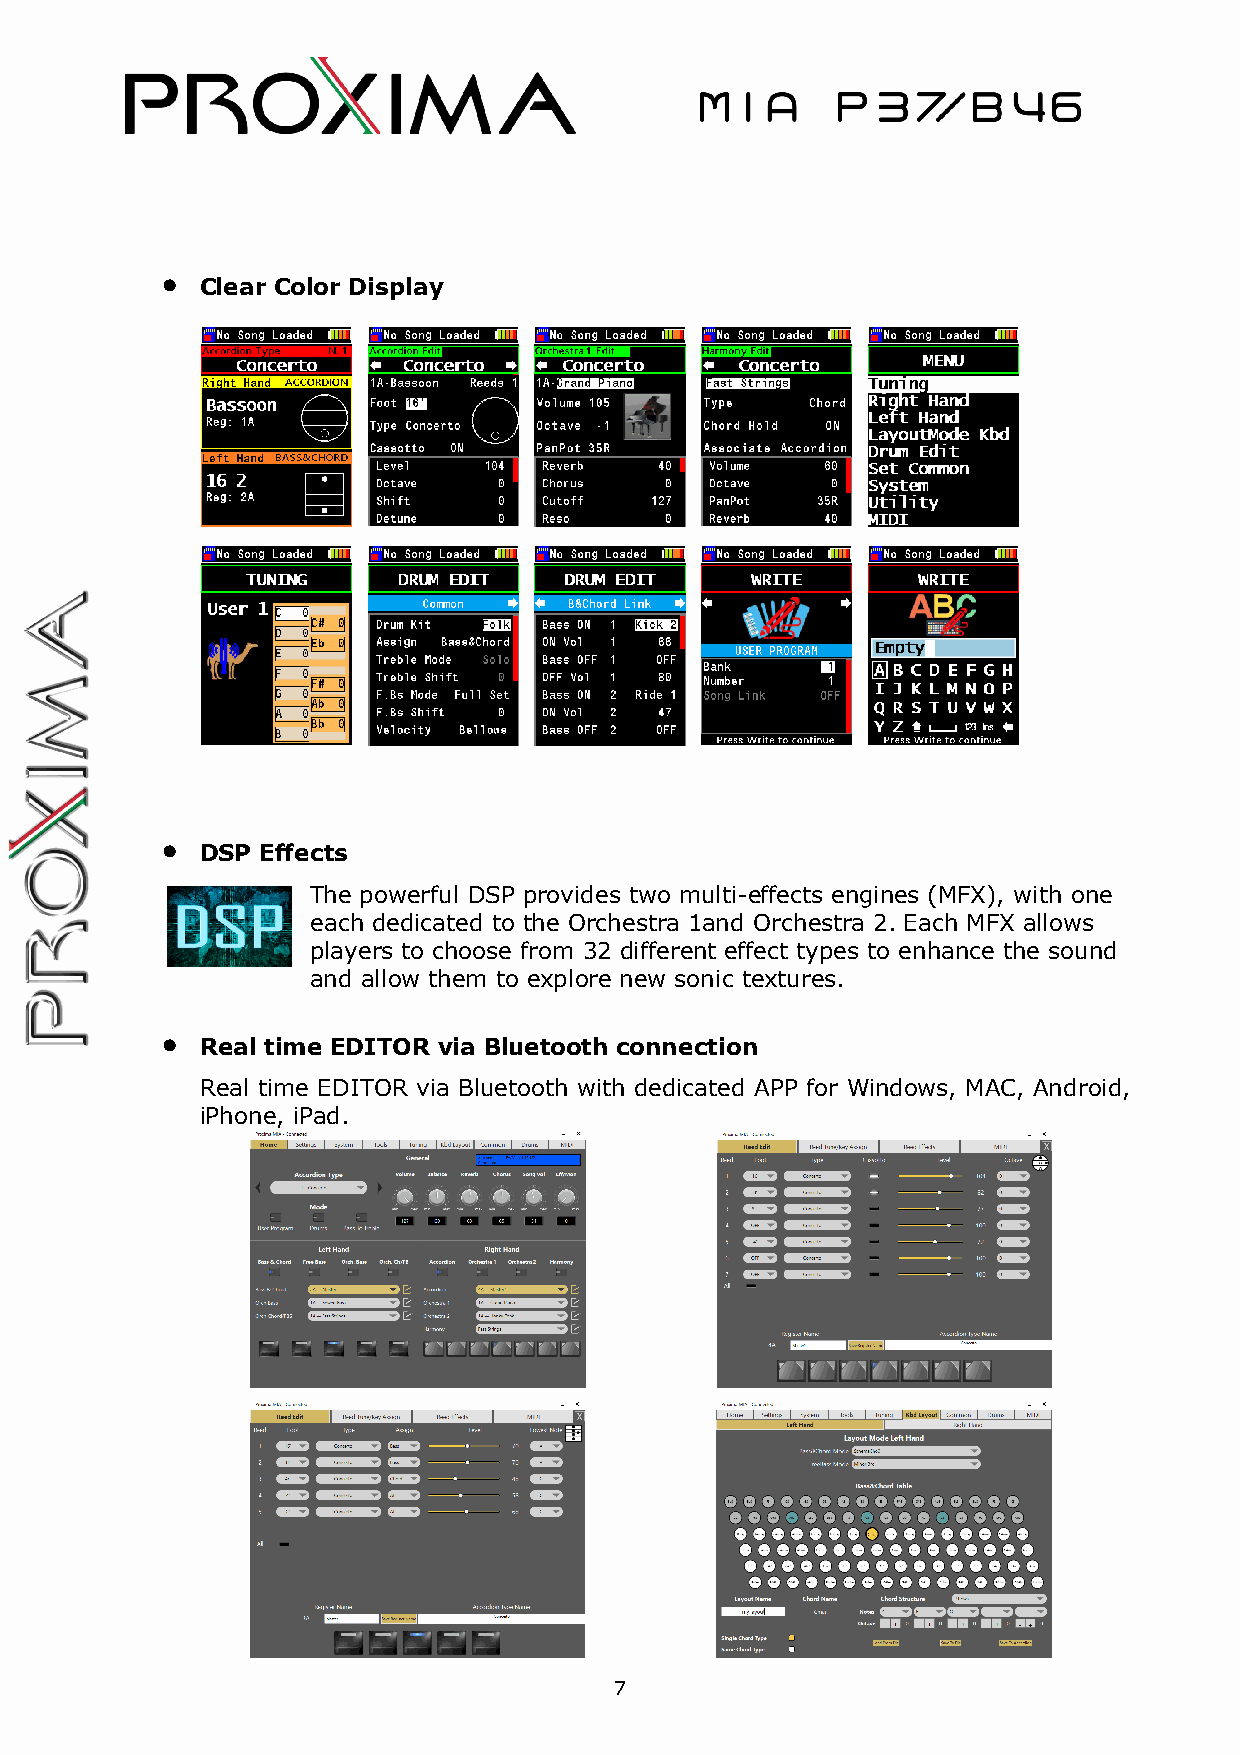
•
 Clear Color Display
 •
 DSP Effects
 The powerful DSP provides two multi-effects engines (MFX), with one
 each dedicated to the Orchestra 1and Orchestra 2. Each MFX allows
 players to choose from 32 different effect types to enhance the sound
 and allow them to explore new sonic textures.
 •
 Real time EDITOR via Bluetooth connection
 Real time EDITOR via Bluetooth with dedicated APP for Windows, MAC, Android,
 iPhone, iPad.
 7